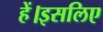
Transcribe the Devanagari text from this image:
हें।इसलिए